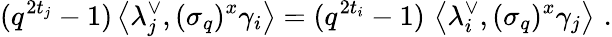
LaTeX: (q^{2t_{j}}-1)\left\langle\lambda_{j}^{\vee},(\sigma_{q})^{x}\gamma_{i}\right\rangle=(q^{2t_{i}}-1)\, \left\langle\lambda_{i}^{\vee},(\sigma_{q})^{x}\gamma_{j}\right\rangle\, \, .